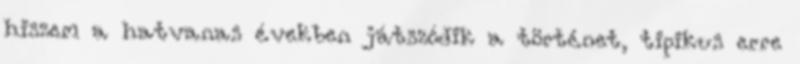
hiszem a hatvanas években játszódik a történet, tipikus erre